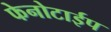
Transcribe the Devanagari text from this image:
फेनोटाईप